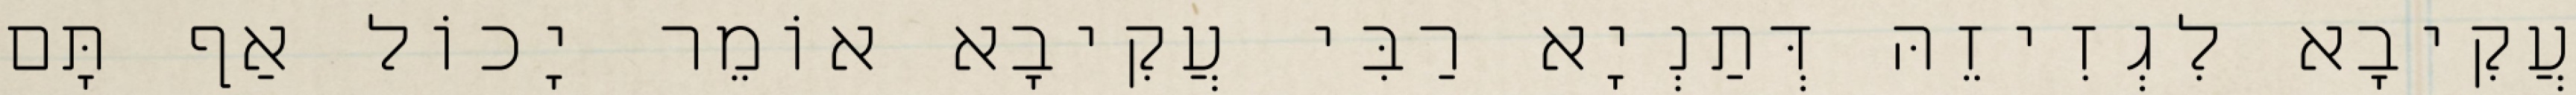
עֲקִיבָא לִגְזִיזֵהּ דְּתַנְיָא רַבִּי עֲקִיבָא אוֹמֵר יָכוֹל אַף תָּם